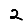
Digit: 2